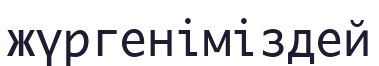
жүргеніміздей